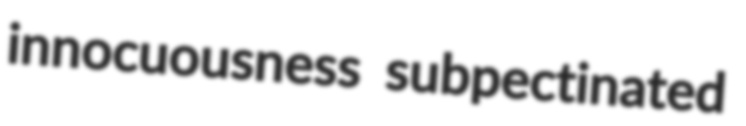
innocuousness subpectinated